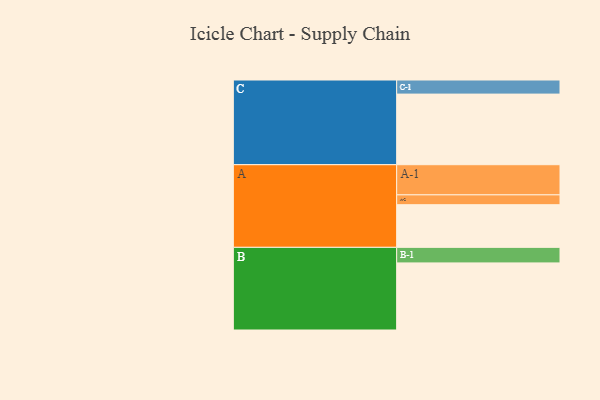
{"axis": {"x": "Segment", "y": "Value"}, "legend": ["", "A", "B", "C"], "data": [{"x": "A", "y": 351, "type": ""}, {"x": "B", "y": 552, "type": ""}, {"x": "C", "y": 581, "type": ""}, {"x": "A-1", "y": 248, "type": "A"}, {"x": "A-2", "y": 81, "type": "A"}, {"x": "B-1", "y": 128, "type": "B"}, {"x": "C-1", "y": 116, "type": "C"}]}